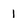
Character: 1